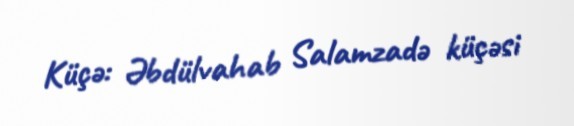
Küçə: Əbdülvahab Salamzadə küçəsi